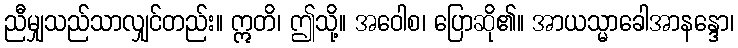
ညီမျှသည်သာလျှင်တည်း။ ဣတိ၊ ဤသို့။ အဝေါစ၊ ပြောဆို၏။ အာယသ္မာခေါအာနန္ဒော၊